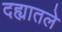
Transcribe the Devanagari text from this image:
दह्यातले